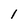
Character: 1